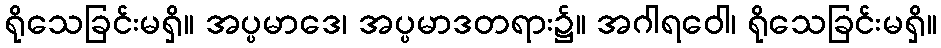
ရိုသေခြင်းမရှိ။ အပ္ပမာဒေ၊ အပ္ပမာဒတရား၌။ အဂါရဝေါ၊ ရိုသေခြင်းမရှိ။